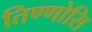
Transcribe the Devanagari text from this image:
तिण्णोसि